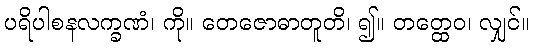
ပရိပါစနလက္ခဏံ၊ ကို။ တေဇောဓာတူတိ၊ ၍။ တတ္ထေဝ၊ လျှင်။